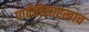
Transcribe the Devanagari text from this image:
पार्वतीसारखाच